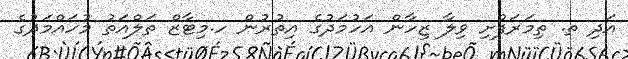
އަދި ތ. ތިމަަރަފުށި ވިލާ ޒިހާން އަހުމަދުގެ އިތުރުން ހ.މިޓާޒް ތަލްއަތު މުހައްމަދުގެ